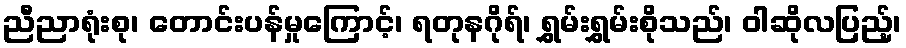
ညီညာရုံးစု၊ တောင်းပန်မှုကြောင့်၊ ရတုနဂိုရ်၊ ရွှမ်းရွှမ်းစိုသည်၊ ဝါဆိုလပြည့်၊